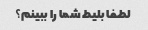
لطفا بلیط شما را ببینم؟